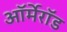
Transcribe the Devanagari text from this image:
ऑर्मेरॉड